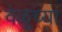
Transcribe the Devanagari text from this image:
वेळूच्या